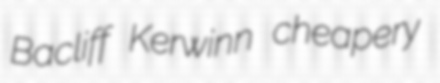
Bacliff Kerwinn cheapery